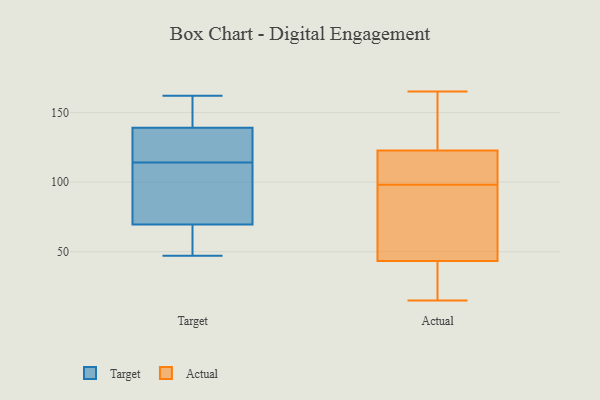
{"axis": {"x": "Shipments", "y": "Value"}, "legend": ["Actual", "Target"], "data": [{"x": "", "y": 47, "type": "Target"}, {"x": "", "y": 132, "type": "Target"}, {"x": "", "y": 140, "type": "Target"}, {"x": "", "y": 78, "type": "Target"}, {"x": "", "y": 52, "type": "Target"}, {"x": "", "y": 70, "type": "Target"}, {"x": "", "y": 116, "type": "Target"}, {"x": "", "y": 115, "type": "Target"}, {"x": "", "y": 69, "type": "Target"}, {"x": "", "y": 72, "type": "Target"}, {"x": "", "y": 162, "type": "Target"}, {"x": "", "y": 138, "type": "Target"}, {"x": "", "y": 113, "type": "Target"}, {"x": "", "y": 152, "type": "Target"}, {"x": "", "y": 157, "type": "Target"}, {"x": "", "y": 67, "type": "Target"}, {"x": "", "y": 101, "type": "Actual"}, {"x": "", "y": 114, "type": "Actual"}, {"x": "", "y": 98, "type": "Actual"}, {"x": "", "y": 23, "type": "Actual"}, {"x": "", "y": 40, "type": "Actual"}, {"x": "", "y": 60, "type": "Actual"}, {"x": "", "y": 25, "type": "Actual"}, {"x": "", "y": 54, "type": "Actual"}, {"x": "", "y": 123, "type": "Actual"}, {"x": "", "y": 117, "type": "Actual"}, {"x": "", "y": 41, "type": "Actual"}, {"x": "", "y": 85, "type": "Actual"}, {"x": "", "y": 15, "type": "Actual"}, {"x": "", "y": 50, "type": "Actual"}, {"x": "", "y": 159, "type": "Actual"}, {"x": "", "y": 163, "type": "Actual"}, {"x": "", "y": 165, "type": "Actual"}, {"x": "", "y": 153, "type": "Actual"}, {"x": "", "y": 122, "type": "Actual"}]}